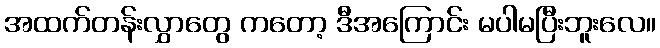
အထက်တန်းလွှာတွေ ကတော့ ဒီအကြောင်း မပါမပြီးဘူးလေ။